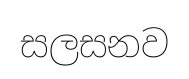
සලසනව